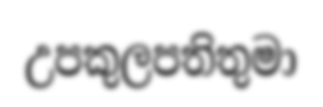
උපකුලපතිතුමා